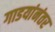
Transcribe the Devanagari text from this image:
गाडयांनंतर